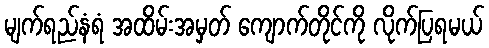
မျက်ရည်နံရံ အထိမ်းအမှတ် ကျောက်တိုင်ကို လိုက်ပြရမယ်